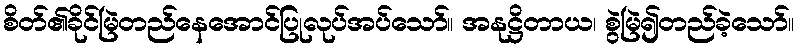
စိတ်၏ခိုင်မြဲတည်နေအောင်ပြုလုပ်အပ်သော်။ အနုဋ္ဌိတာယ၊ စွဲမြဲ၍တည်ခဲ့သော်။